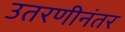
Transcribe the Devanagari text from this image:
उतरणीनंतर